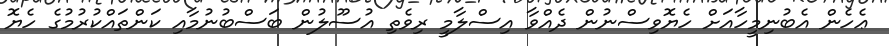
ޢެހެން އެބުނިމީހާއަށް ހެޔޮވިސްނުން ދެއްވާ އިސްލާމީ ރިވެތި އުސޫލުން ބަސްބުނުމާއި ކަންތައްކުރުމުގެ ހެޔޮ